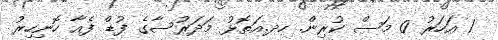
1 އަހަރު 0 މަސް ކުރިން. ހދ.އަތޮޅު މަދަރުސާގެ ފުޑް ފެއާ ހޮނިހިރު